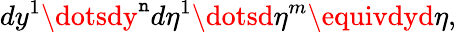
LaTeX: dy^{1}\dotsdy^{\mathtt{n}}d\eta^{1}\dotsd\eta^{m}\equivdyd\eta,